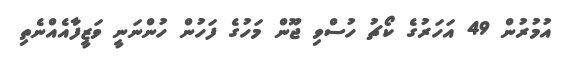
އުމުރުން 49 އަހަރުގެ ކޯޗު ހުސްވި ޖޫން މަހުގެ ފަހުން ހުންނަނީ ވަޒީފާއެއްނެތި